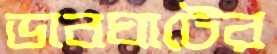
ডাবঘাটের